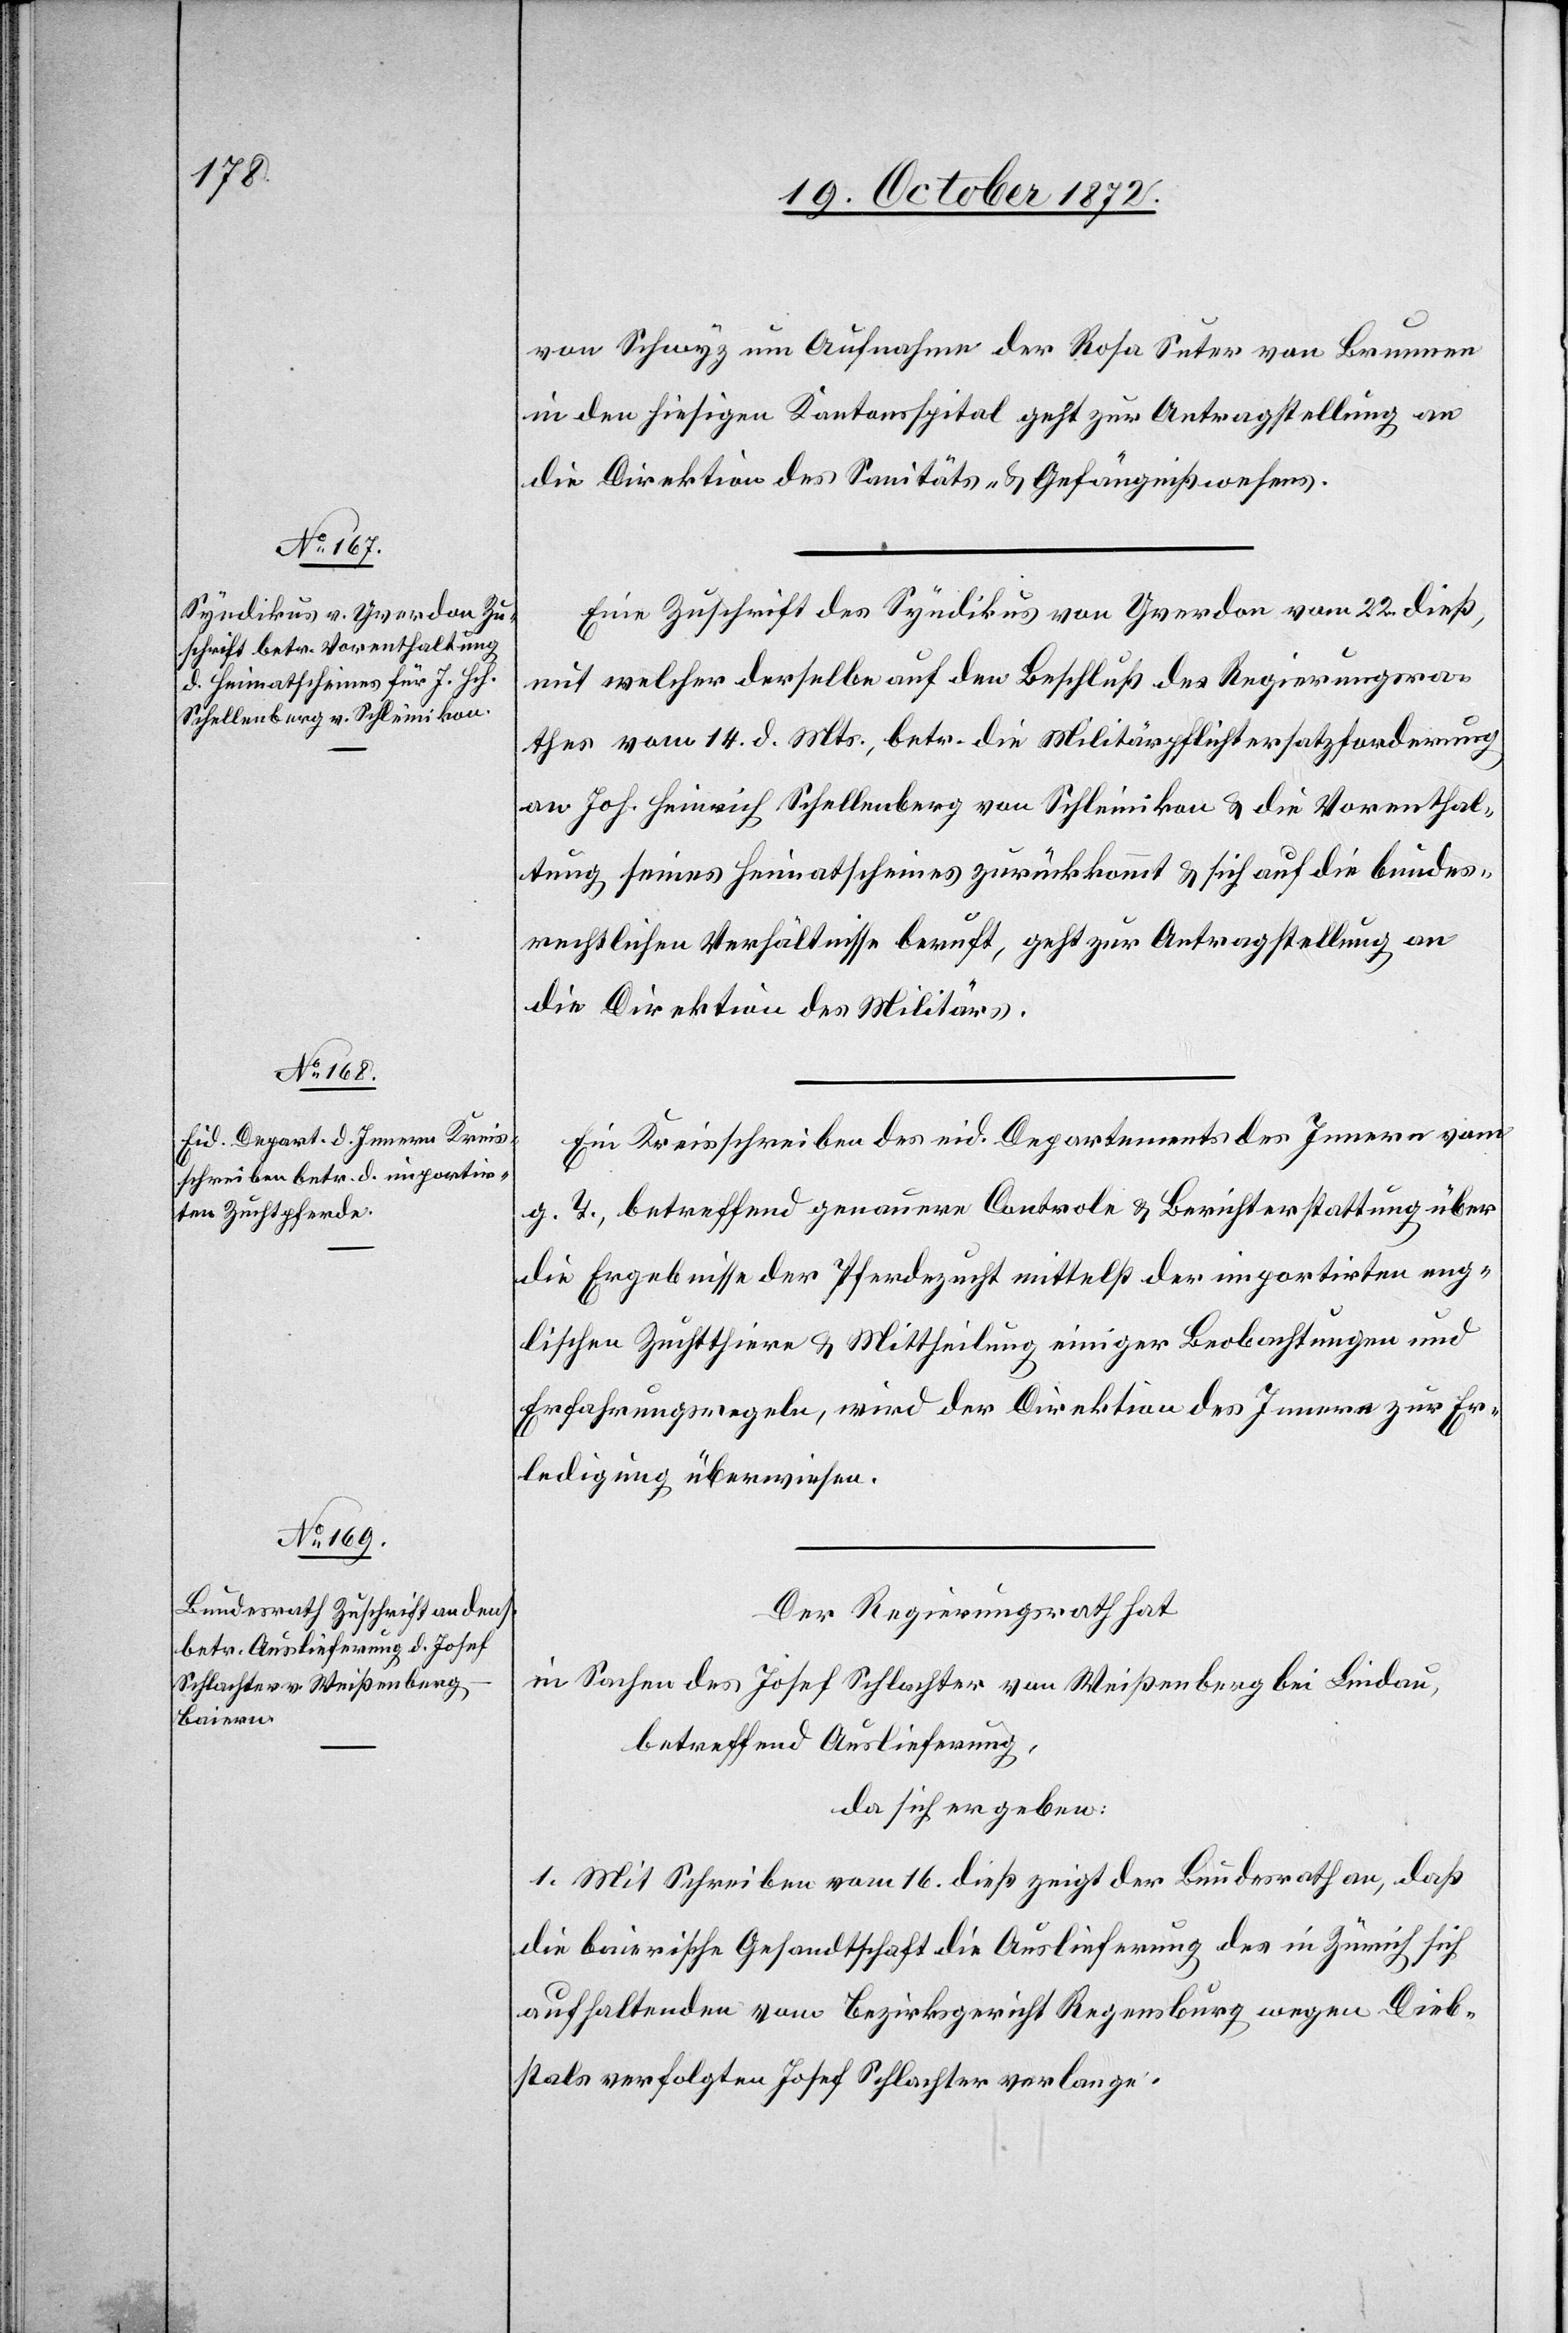
24. October 1872.]
von Schwyz um Aufnahme der Rosa Suter von Brunnen
in den hiesigen Kantonsspital geht zur Antragstellung an
die Direktion des Sanitäts- u. Gefängnißwesens.
Eine Zuschrift des Syndikus von Yverdon vom 22. dieß,
mit welcher derselbe auf den Beschluß des Regierungsra¬
thes vom 14. d. Mts., betr. die Militärpflichtersatzforderung
an Joh. Heinrich Schellenberg von Schleinikon u. die Vorenthal¬
tung seines Heimatscheines zurückkommt u. sich auf die bundes¬
rechtlichen Verhältnisse beruft, geht zur Antragstellung an
die Direktion des Militärs.
Ein Kreisschreiben des eid. Departements des Innern vom
g. T., betreffend genauere Controle u. Berichterstattung über
die Ergebnisse der Pferdezucht mittelst der importirten eng¬
lischen Zuchtthiere u. Mittheilung einiger Beobachtungen und
Erfahrungsregeln, wird der Direktion des Innern zur Er¬
ledigung überwiesen.
Der Regierungsrath hat
in Sachen des Josef Schlachter von Weißenberg bei Lindau,
betreffend Auslieferung,
da sich ergeben:
1. Mit Schreiben vom 16. dieß zeigt der Bundesrath an, daß
die baierische Gesandtschaft die Auslieferung des in Zürich sich
aufhaltenden vom Bezirksgericht Regensburg wegen Dieb¬
stals verfolgten Josef Schlachter verlange.